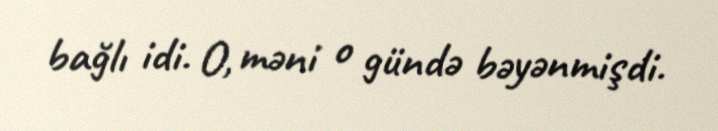
bağlı idi. O, məni o gündə bəyənmişdi.